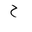
Letter: _ha